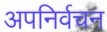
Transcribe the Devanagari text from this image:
अपनिर्वचन